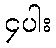
၄ပါး